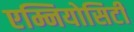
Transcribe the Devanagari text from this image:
एम्नियोसिटी